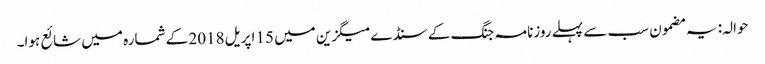
حوالہ: یہ مضمون سب سے پہلے روزنامہ جنگ کے سنڈے میگزین میں 15 اپریل 2018 کے شمارہ میں شائع ہوا۔